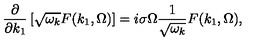
\frac { \partial } { \partial k _ { 1 } } \left[ \sqrt { \omega _ { k } } F ( k _ { 1 } , \Omega ) \right] = i \sigma \Omega \frac { 1 } { \sqrt { \omega _ { k } } } F ( k _ { 1 } , \Omega ) ,